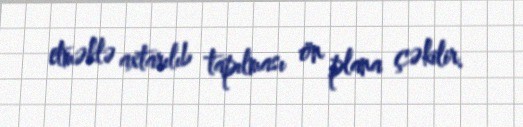
etməklə axtarılıb tapılması ön plana çəkilir.